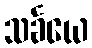
သင်္ခယေ